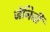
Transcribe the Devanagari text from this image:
जेनिची